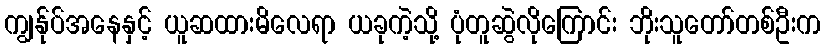
ကျွန်ုပ်အနေနှင့် ယူဆထားမိလေရာ ယခုကဲ့သို့ ပုံတူဆွဲလိုကြောင်း ဘိုးသူတော်တစ်ဦးက